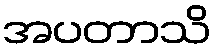
အပတာသိ